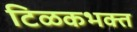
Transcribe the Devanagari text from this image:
टिळकभक्त